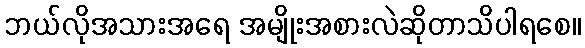
ဘယ်လိုအသားအရေ အမျိုးအစားလဲဆိုတာသိပါရစေ။